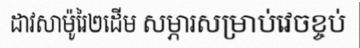
ដាវសាម៉ូរៃ២ដើម សម្ភារសម្រាប់វេចខ្ចប់